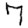
Digit: 7